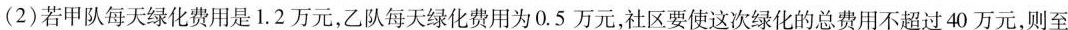
(2)若甲队每天绿化费用是1.2万元，乙队每天绿化费用为0.5万元，社区要使这次绿化的总费用不超过40万元，则至